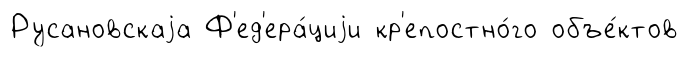
Русановскаjа Ф'ед'ера́циjи кр'епостно́го объе́ктов